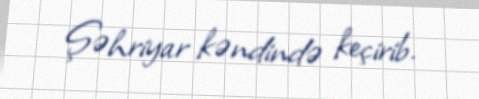
Şəhriyar kəndində keçirib.